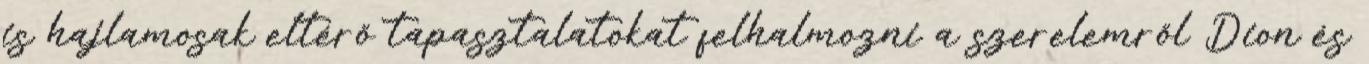
is hajlamosak eltérő tapasztalatokat felhalmozni a szerelemről Dion és